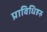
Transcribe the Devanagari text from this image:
प्राविधिहरु